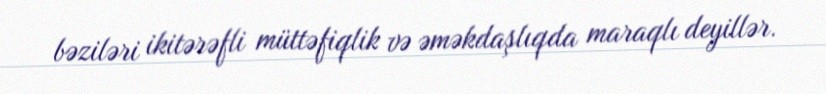
bəziləri ikitərəfli müttəfiqlik və əməkdaşlıqda maraqlı deyillər.